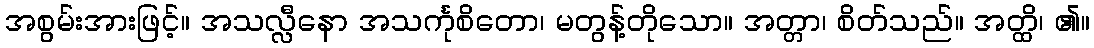
အစွမ်းအားဖြင့်။ အသလ္လီနော အသင်္ကုစိတော၊ မတွန့်တိုသော။ အတ္တာ၊ စိတ်သည်။ အတ္ထိ၊ ၏။